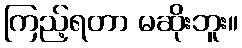
ကြည့်ရတာ မဆိုးဘူး။